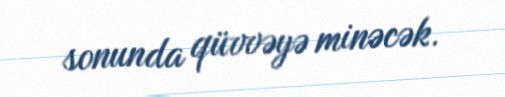
sonunda qüvvəyə minəcək.